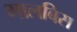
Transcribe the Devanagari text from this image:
मालबिस